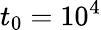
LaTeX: t_{0}=10^{4}